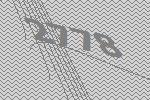
2778